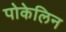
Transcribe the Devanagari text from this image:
पोकेलिन